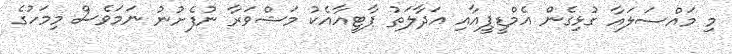
މި މައްސަލައާ ގުޅިގެން އެމްޑީޕީއާއި އަދާލަތު ޕާޓީއާއެކު މަޝްވަރާ ނުފެށުނު ނަމަވެސް މިމަހުގެ